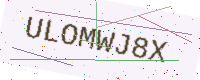
Text: ULOMWJ8X